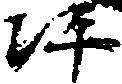
坪